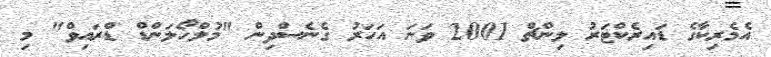
އެމެރިކާގެ ޑައިރެކްޓަރު ލިންޗް 2001 ވަނަ އަހަރު ގެނެސްދިން "މުލްހޯލަންޑް ޑްރައިވް" މި